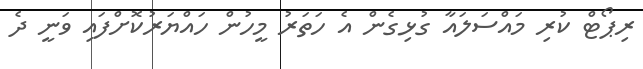
ރިޕޯޓް ކުރި މައްސަލައާ ގުޅިގެން އެ ހަތަރު މީހުން ހައްޔަރުކޮށްފައި ވަނީ ދެ